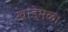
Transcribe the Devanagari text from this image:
खाडेमळा